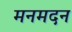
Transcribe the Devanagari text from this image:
मनमदन